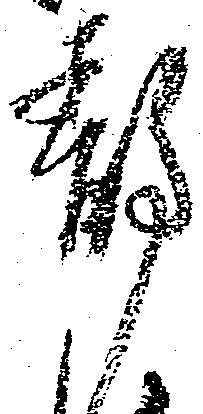
静